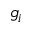
g _ { i }